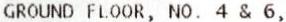
GROUND FLOOR, NO. 4 & 6,